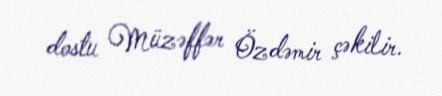
dostu Müzəffər Özdəmir çəkilir.